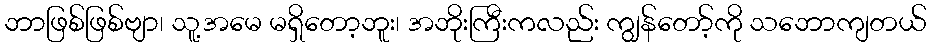
ဘာဖြစ်ဖြစ်ဗျာ၊ သူ့အမေ မရှိတော့ဘူး၊ အဘိုးကြီးကလည်း ကျွန်တော့်ကို သဘောကျတယ်